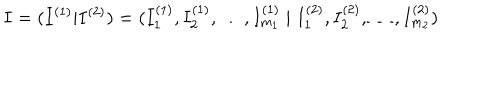
I = ( I ^ { ( 1 ) } | I ^ { ( 2 ) } ) = ( I _ { 1 } ^ { ( 1 ) } , I _ { 2 } ^ { ( 1 ) } , \ldots , I _ { m _ { 1 } } ^ { ( 1 ) } \; | \; I _ { 1 } ^ { ( 2 ) } , I _ { 2 } ^ { ( 2 ) } , \ldots , I _ { m _ { 2 } } ^ { ( 2 ) } )